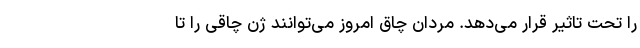
را تحت تاثیر قرار می‌دهد. مردان چاق امروز می‌توانند ژن چاقی را تا